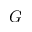
G